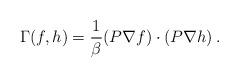
LaTeX: \begin{align*} \Gamma(f,h) = \frac{1}{\beta} (P\nabla f)\cdot (P \nabla h)\,. \end{align*}